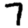
Digit: 7